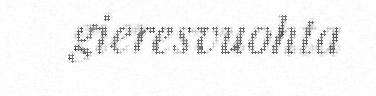
gieresvuohta